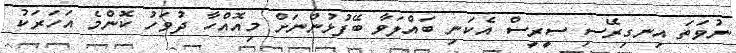
ނުވަތަ އިނގިރޭސި ސީރީސް އެކަނި ބައްލަވާ ބޭފުޅުންނަށް މިއޮއްހާ ދުވަހު ކޮންމެ އަހަރަކު